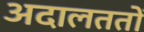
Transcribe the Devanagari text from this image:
अदालततों